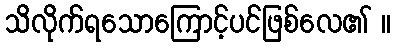
သိလိုက်ရသောကြောင့်ပင်ဖြစ်လေ၏ ။